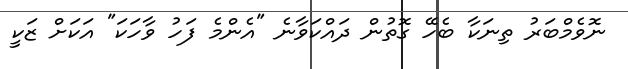
ނޮވެމްބަރު ތިނަކާ ބެހޭ ގޮތުން ދައްކަަވާނެ "އެންމެ ފަހު ވާހަކަ" އަކަށް ޒަކީ